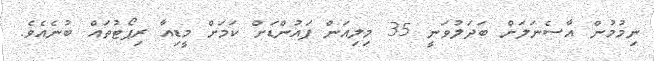
ނިމުމުން އާސެނަލަށް ބަދަލުވަނީ 35 މިލިއަން ޕައުންޑަށް ކަމަށް މީޑިއާ ރިޕޯޓުތައް ބުނެއެވެ.